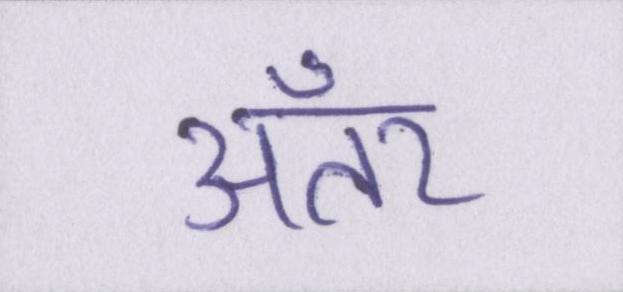
अँतर